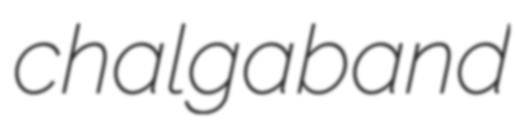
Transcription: chalga band